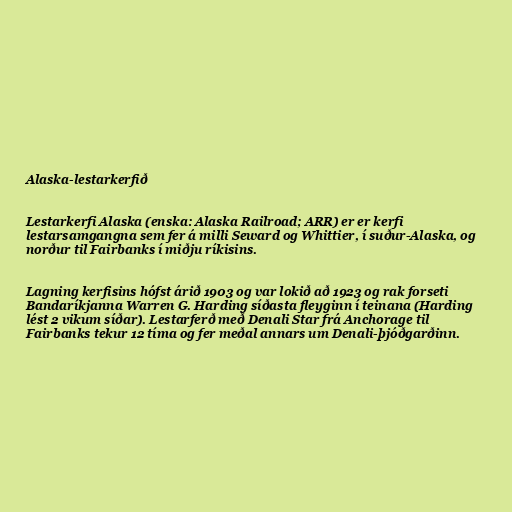
Alaska-lestarkerfið

Lestarkerfi Alaska (enska: Alaska Railroad; ARR) er er kerfi
lestarsamgangna sem fer á milli Seward og Whittier, í suður-Alaska, og
norður til Fairbanks í miðju ríkisins.

Lagning kerfisins hófst árið 1903 og var lokið að 1923 og rak forseti
Bandaríkjanna Warren G. Harding síðasta fleyginn í teinana (Harding
lést 2 vikum síðar). Lestarferð með Denali Star frá Anchorage til
Fairbanks tekur 12 tíma og fer meðal annars um Denali-þjóðgarðinn.